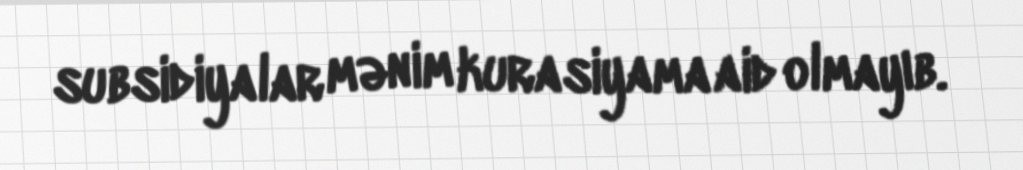
subsidiyalar mənim kurasiyama aid olmayıb.